Annual report on the working of the lock hospitals in the Central Provinces
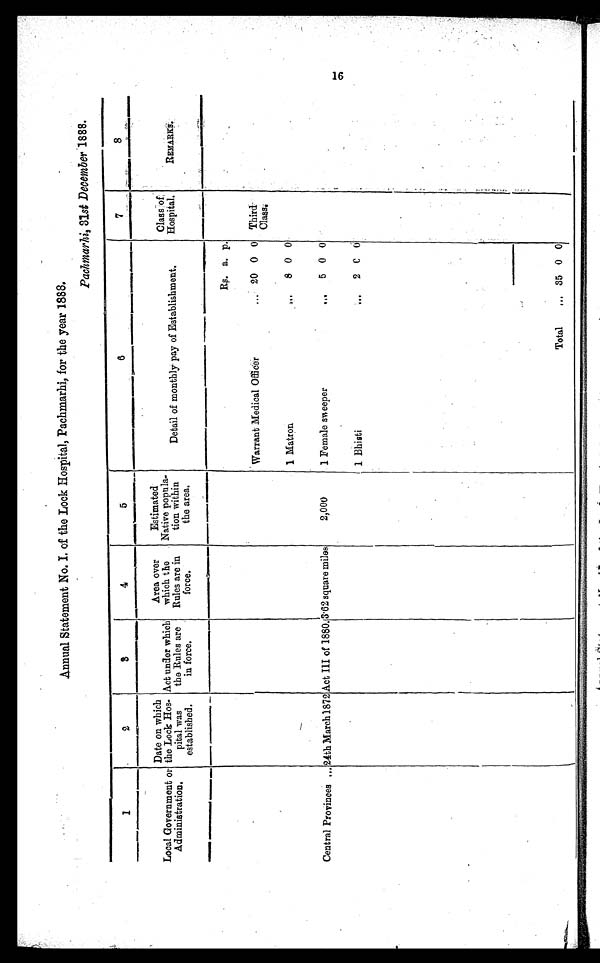
Annual Statement No. I. of the Lock Hospital, Pachmarhi, for the year 1888.
Pachmarhi, 31st December 1888.
1
2
3
4
5
6
7
8
Local Government or
Administration.
Date on which
the Lock Hos
-pital was
established.
Act under which
the Rules are
in force.
Area over
which the
Rules are in
force.
Estimated
Native popula
tion within
the area.
Detail of monthly pay of Establishment.
Class of
Hospital.
REMARKS.
Rs
a. p
.
Warrant Medical Officer
... 20 0 0 Third-
Class.
.
. .
1 Matron
..
8 0 0
Central Provinces ... 24th March 1872 Act HI of 1880, 3'62 square miles
2,000
1 Female sweeper
. . . 5
0 0
.
1 Bhisti
...
2
.
0 0
Total
... 35 0 0
16